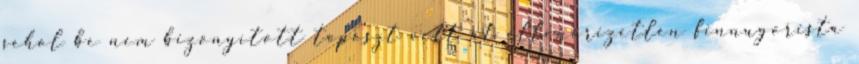
sehol be nem bizonyított toposzt vett át ellenőrizetlen finnugorista